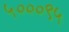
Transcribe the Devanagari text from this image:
५०००९५